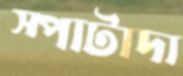
স্পাটাদা